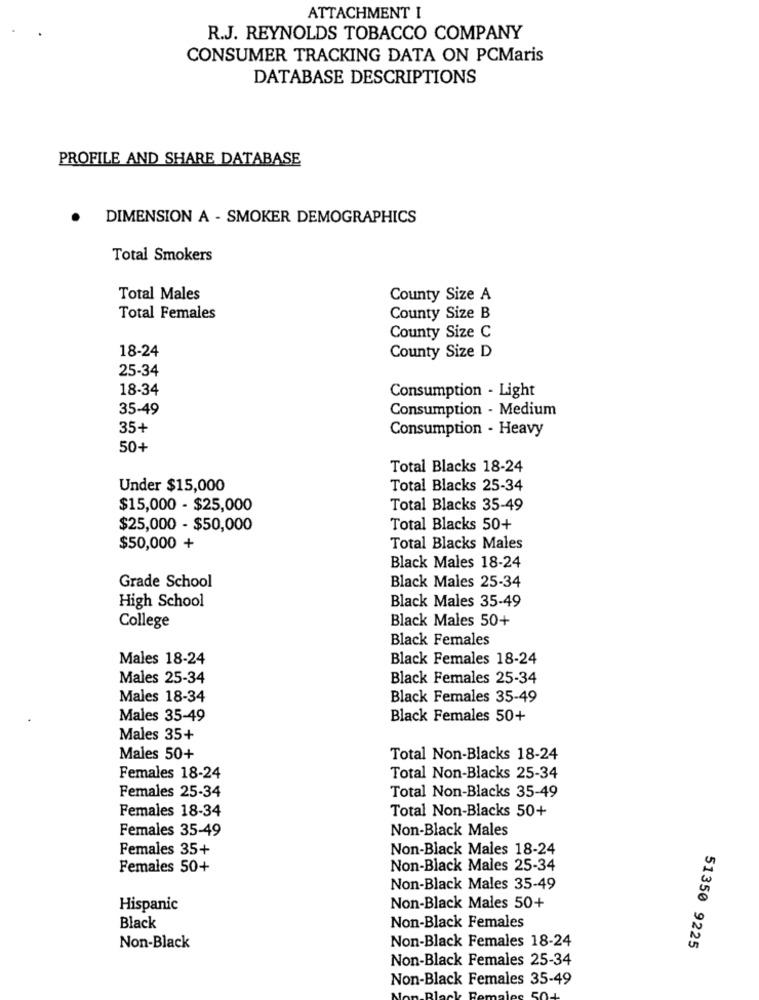
ATTACHMENT I
R.J. REYNOLDS TOBACCO COMPANY
CONSUMER TRACKING DATA ON PCMaris
DATABASE DESCRIPTIONS
PROFILE AND SHARE DATABASE
DIMENSION A - SMOKER DEMOGRAPHICS
Total Smokers
Total Males
County Size A
Total Females
County Size B
County Size C
18-24
County Size D
25-34
18-34
Consumption - Light
35-49
Consumption - Medium
35+
Consumption - Heavy
50+
Total Blacks 18-24
Under $15,000
Total Blacks 25-34
$15,000 - $25,000
Total Blacks 35-49
$25,000 - $50,000
Total Blacks 50+
$50,000 +
Total Blacks Males
Black Males 18-24
Grade School
Black Males 25-34
High School
Black Males 35-49
College
Black Males 50+
Black Females
Males 18-24
Black Females 18-24
Males 25-34
Black Females 25-34
Males 18-34
Black Females 35-49
Males 35-49
Black Females 50+
Males 35+
Males 50+
Total Non-Blacks 18-24
Females 18-24
Total Non-Blacks 25-34
Females 25-34
Total Non-Blacks 35-49
Females 18-34
Total Non-Blacks 50+
Females 35-49
Non-Black Males
Females 35+
Non-Black Males 18-24
Females 50+
Non-Black Males 25-34
Non-Black Males 35-49
Hispanic
Non-Black Males 50+
Non-Black Females
Black
51350 9225
Non-Black
Non-Black Females 18-24
Non-Black Females 25-34
Non-Black Females 35-49